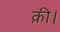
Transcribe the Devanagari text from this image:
क़ी।